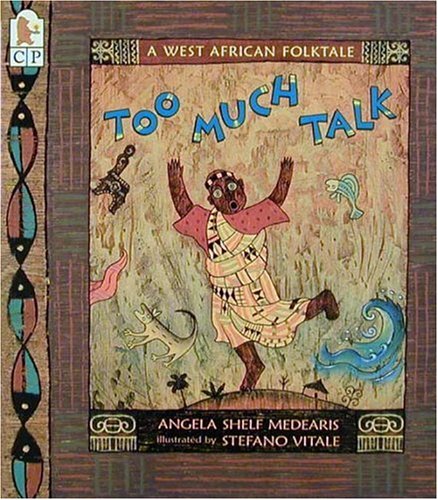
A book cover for Too Much Talk: A West African Folktale; Angela Shelf Medearis; Children's Books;